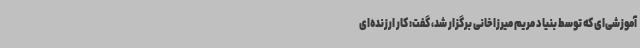
آموزشی‌ای که توسط بنیاد مریم میرزاخانی برگزار شد، گفت: کار ارزنده‌ای